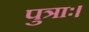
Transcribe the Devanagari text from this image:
पुत्राः।